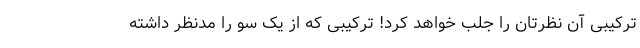
ترکیبی آن نظرتان را جلب خواهد کرد! ترکیبی که از یک سو را مدنظر داشته